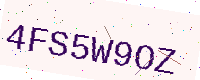
Text: 4FS5W9OZ